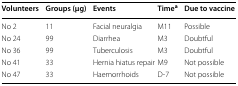
<table><thead><tr><td><b>Volunteers</b></td><td><b>Groups (μg)</b></td><td><b>Events</b></td><td><b>Time<sup>a</sup></b></td><td><b>Due to vaccine</b></td></tr></thead><tbody><tr><td>No 2</td><td>11</td><td>Facial neuralgia</td><td>M11</td><td>Possible</td></tr><tr><td>No 24</td><td>99</td><td>Diarrhea</td><td>M3</td><td>Doubtful</td></tr><tr><td>No 36</td><td>99</td><td>Tuberculosis</td><td>M3</td><td>Doubtful</td></tr><tr><td>No 41</td><td>33</td><td>Hernia hiatus repair</td><td>M9</td><td>Not possible</td></tr><tr><td>No 47</td><td>33</td><td>Haemorrhoids</td><td>D-7</td><td>Not possible</td></tr></tbody></table>